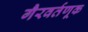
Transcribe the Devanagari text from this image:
गैरवर्तणूक